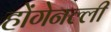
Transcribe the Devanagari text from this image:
होंगेनल्ली